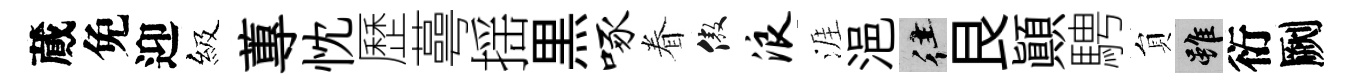
蕆免迎級蓴忱歷蕚揺黒啄眷傲浪涯浥往艮顚騁貟雖衍劂